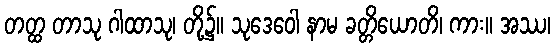
တတ္ထ တာသု ဂါထာသု၊ တို့၌။ သုဒေဝေါ နာမ ခတ္တိယောတိ၊ ကား။ အဿ၊